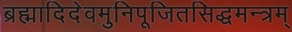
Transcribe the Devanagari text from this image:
ब्रह्मादिदेवमुनिपूजितसिद्धमन्त्रम्